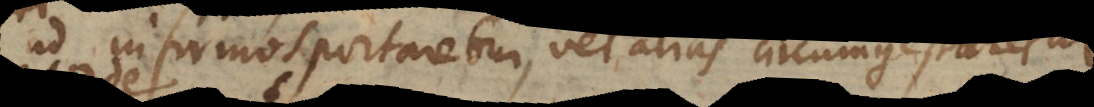
ad infirmos portaretur, vel alias circumgestaretur,